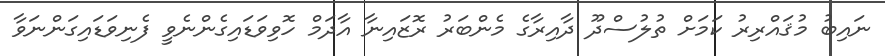
ނައިބު މުޤައްރިރު ކަމަށް ތުލުސްދޫ ދާއިރާގެ މެންބަރު ރޮޒައިނާ އާދަމް ހޮވިވަޑައިގެންނެވީ ފެނިވަޑައިގަންނަވާ